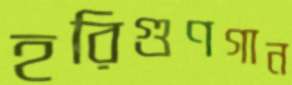
হরিগুণগান